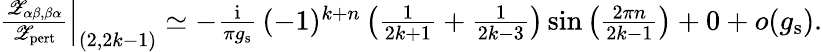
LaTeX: \begin{array}{r}{\left.\frac{{\mathscr Z}_{\alpha\beta,\beta\alpha}}{{\mathscr Z}_{\mathrm{pert}}}\right|_{(2,2k-1)}\simeq-\frac{{\mathrm{i}}}{\pi g_{\mathrm{s}}}\, (-1)^{k+n}\left(\frac{1}{2k+1}+\frac{1}{2k-3}\right)\sin\left(\frac{2\pi n}{2k-1}\right)+0+o(g_{\mathrm{s}}).}\end{array}